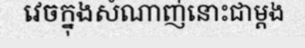
វេចក្នុងសំណាញ់នោះជាម្តង